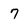
Character: 7